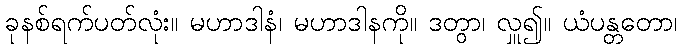
ခုနစ်ရက်ပတ်လုံး။ မဟာဒါနံ၊ မဟာဒါနကို။ ဒတွာ၊ လှူ၍။ ယံပန္တတော၊